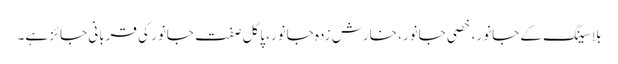
بلا سینگ کے جانور، خصی جانور، خارش زدہ جانور، پاگل صفت جانور کی قربانی جائز ہے۔